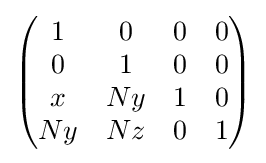
{\begin{pmatrix}1&0&0&0\\{}0&1&0&0\\{}x&Ny&1&0\\Ny&Nz&0&1\end{pmatrix}}